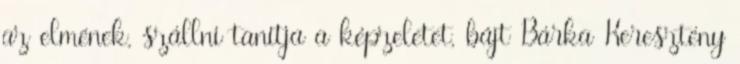
az elmének, szállni tanítja a képzeletet, bájt Bárka Keresztény